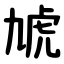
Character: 虓